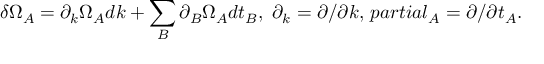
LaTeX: \delta \Omega _ { A } = \partial _ { k } \Omega _ { A } d k + \sum _ { B } \partial _ { B } \Omega _ { A } d t _ { B } , \ \partial _ { k } = \partial / \partial k , \, p a r t i a l _ { A } = \partial / \partial t _ { A } .